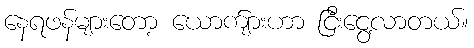
နေရဖန်များတော့ ယောက်ျားဟာ ငြီးငွေ့လာတယ်။